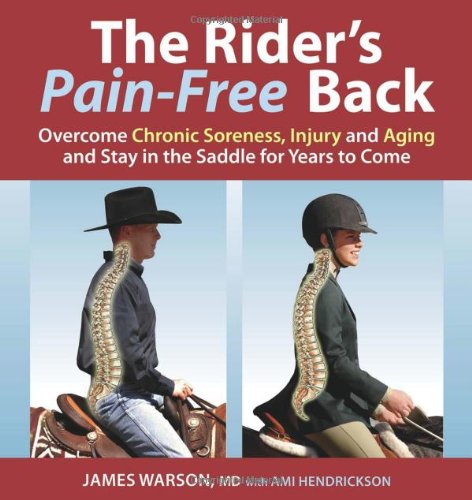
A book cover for The Rider's Pain-Free Back: Overcome Chronic Soreness, Injury, and Aging, and Stay in the Saddle for Years to Come; James Warson; Health, Fitness & Dieting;